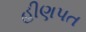
હીણપત